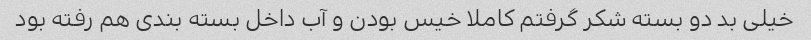
خیلی بد دو بسته شکر گرفتم کاملا خیس بودن و آب داخل بسته بندی هم رفته بود